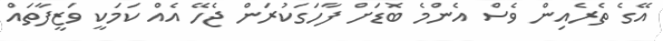
އޭގެ ތެރެއިން ވެސް އެންމެ ބޮޑަށް ފާހަގަކުރަން ޖެހޭ އެއް ކަމަކީ ވަޒީފާތައް